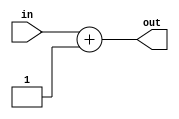
//////////////////////////////////////////////////////////////////////////////////
// Course: Cooper Union ECE151A Spring 2016
// Professor: Professor Marano
// Module Name: add1.v
// Description: 
//////////////////////////////////////////////////////////////////////////////////

`timescale 1ns / 1ns

module add1(in, out);

//-------------Input Ports-----------------------------
input wire [7:0] in;			//8 bits of data1
//-------------Output Ports----------------------------
output reg [7:0] out; 	//8 bits of result

//------------------Instructions-----------------------

always @(in)
begin
	out = in + 1;
end


endmodule